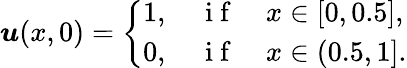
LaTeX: \boldsymbol{u}(x,0)=\left\{ \begin{array}{ll}{1,\quad\mathrm{~i~f~}\quad x\in[0,0.5],}\\ {0,\quad\mathrm{~i~f~}\quad x\in(0.5,1].}\end{array}\right.